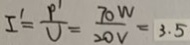
I ^ { 1 } = \frac { p ^ { 1 } } { U } = \frac { 7 0 W } { 2 0 V } = 3 . 5